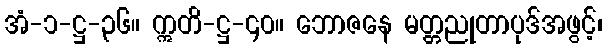
အံ-၁-ဋ္ဌ-၃၆။ ဣတိ-ဋ္ဌ-၄၀။ ဘောဇနေ မတ္တညုတာပုဒ်အဖွင့်၊